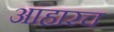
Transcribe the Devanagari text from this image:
आहारच